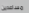
مساعدين